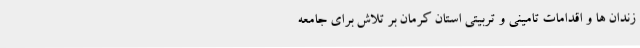
زندان ها و اقدامات تامینی و تربیتی استان کرمان بر تلاش برای جامعه